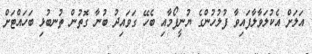
އަލަށް އެކުލަވާލާފައިވާ ފުލުހުންގެ ޔުނީފޯމާއި ބެހޭ ގަވައިދު ބުނާ ގޮތުން ތުނބުޅި ބަހައްޓަށް